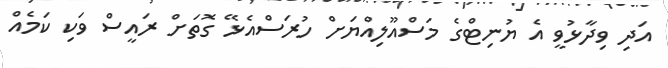
އަދި ވިދާޅުވީ އެ ޔުނިޓްގެ މަސްއޫލިއްޔަށް ހުރަސްއެޅޭ ގޮތަށް ރައީސް ވަކި ކަމެއް